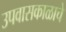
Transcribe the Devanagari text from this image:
उपवासकाळाचे